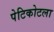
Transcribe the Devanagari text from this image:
पेटिकोटला